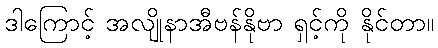
ဒါကြောင့် အလျိုနာအီဗန်နိုဗာ ရှင့်ကို နိုင်တာ။